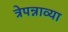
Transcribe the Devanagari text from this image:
त्रेपन्नाव्या